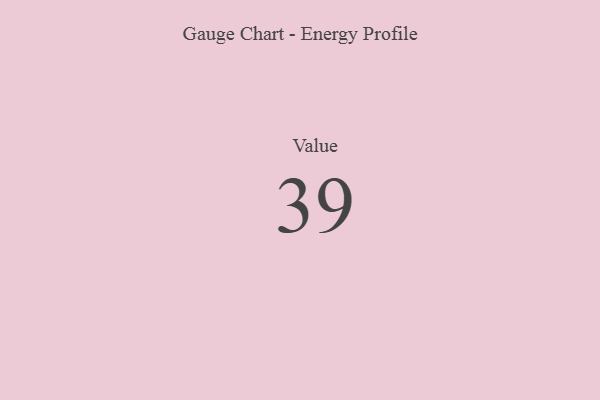
{"axis": {"x": "Metric", "y": "Value"}, "legend": [""], "data": [{"x": "Value", "y": 39, "type": ""}]}